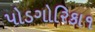
પોડગોરિકા૧